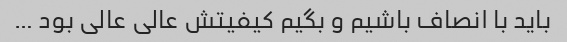
باید با انصاف باشیم و بگیم کیفیتش عالی عالی بود …